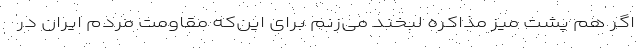
اگر هم پشت میز مذاکره لبخند می‌زنم برای این‌که مقاومت مردم ایران در